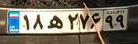
۱۸ه۲۷۶۹۹